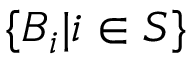
\{ B _ { i } | i \in S \}